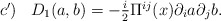
\begin{align*}\begin{array}{lr}c')& D_1(a,b)=-\frac{i}2\Pi ^{ij}(x)\partial_ia\partial_jb.\end{array}\end{align*}